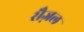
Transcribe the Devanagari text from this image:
सैज़ल